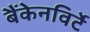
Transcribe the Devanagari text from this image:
बैंकेनविर्टे